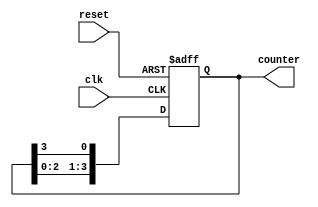
module rc(
  input wire clk,
  input wire reset,
  output reg [3:0] counter
);

  always @(posedge clk or posedge reset) begin
    if (reset) begin
      counter <= 4'b0001; // Initialize counter with 1
    end else begin
      counter <= {counter[2:0], counter[3]}; // Shift the counter
    end
  end

endmodule